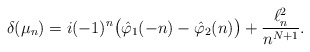
\begin{align*}\delta(\mu_n)= i(-1)^n\big(\hat\varphi_1(-n)-\hat\varphi_2(n)\big)+ \frac{\ell^2_n}{n^{N+1}}.\end{align*}